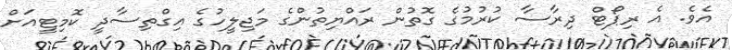
އެވެ. އެ ރިޕޯޓް ދިރާސާ ކުރުމުގެ ގޮތުން ރައްޔިތުންގެ މަޖިލީހުގެ އިގްތިސާދީ ކޮމިޓީއަށް